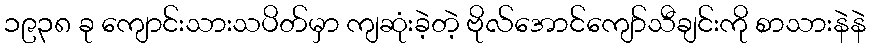
၁၉၃၈ ခု ကျောင်းသားသပိတ်မှာ ကျဆုံးခဲ့တဲ့ ဗိုလ်အောင်ကျော်သီချင်းကို စာသားနဲနဲ